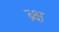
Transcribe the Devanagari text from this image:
ब्र्क्ष